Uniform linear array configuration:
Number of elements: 32
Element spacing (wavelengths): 0.25
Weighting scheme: binomial
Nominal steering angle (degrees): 45
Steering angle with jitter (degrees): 44.502
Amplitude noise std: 0.05
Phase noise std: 0.05

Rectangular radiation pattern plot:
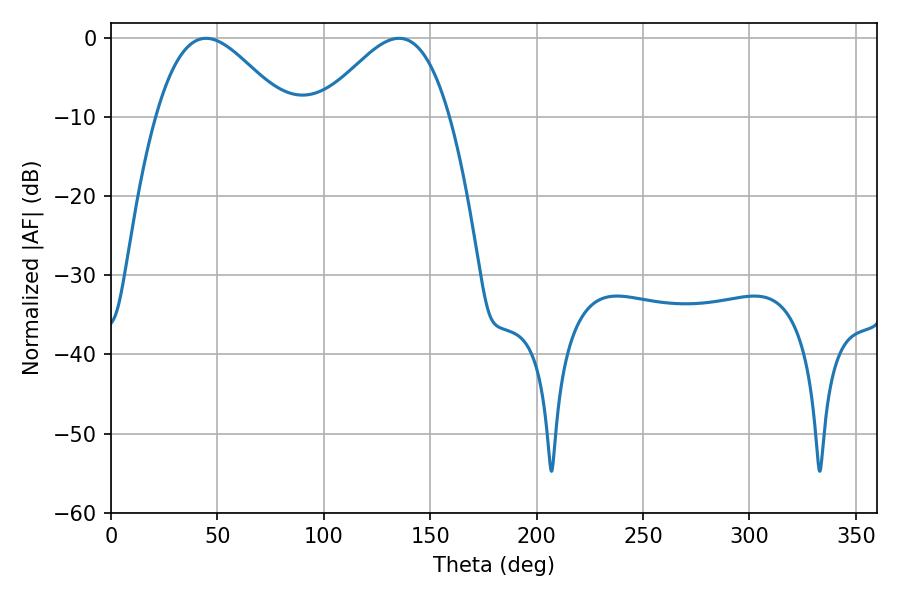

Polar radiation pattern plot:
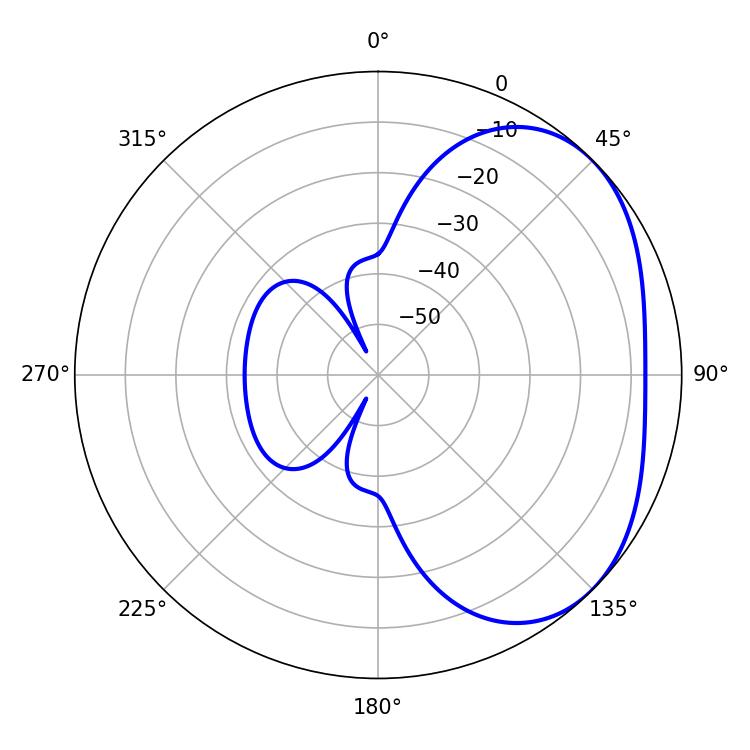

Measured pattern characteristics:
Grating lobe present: FALSE
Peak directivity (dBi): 3.21
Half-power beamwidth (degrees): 32.4
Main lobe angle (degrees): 44.64